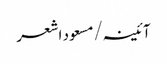
آئینہ/مسعود اشعر